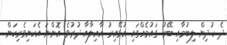
ދެ ކުދިން ލިބުމާއި ބޭރު ގައުމެއްގައި އުޅޭއިރު އާއިލާއާ ދުރުވެ އޮންނަ އެކަނިވެރިކަން.